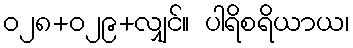
၀၂၈+၀၂၉+လျှင်။ ပါရိစရိယာယ၊